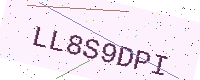
Text: LL8S9DPI